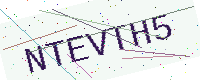
Text: NTEVTH5